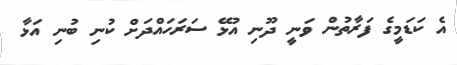
އެ ކަޑަމީގެ ފަރާތުން ވަނީ ދޫނި އުޅޭ ސަރަހައްދަށް ކުނި ބުނި އަޅާ